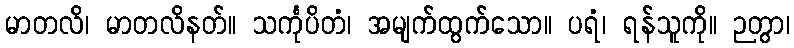
မာတလိ၊ မာတလိနတ်။ သင်္ကုပိတံ၊ အမျက်ထွက်သော။ ပရံ၊ ရန်သူကို။ ဉတွာ၊